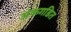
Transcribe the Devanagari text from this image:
अंकगडित